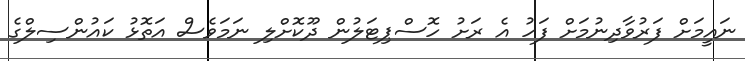
ނައީމަށް ފަރުވާދިނުމަށް ފަހު އެ ރަށު ހޮސްޕިޓަލުން ދޫކޮށްލި ނަމަވެސް އަތޮޅު ކައުންސިލްގެ